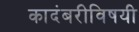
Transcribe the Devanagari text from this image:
कादंबरीविषयी